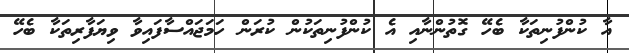
އާ ކުންފުނިތަކާ ބެހޭ ގޮތުންނާއި އެ ކުންފުނިތަކުން ކުރަން ހަމަޖައްސާފައިވާ ވިޔަފާރިތަކާ ބެހޭ